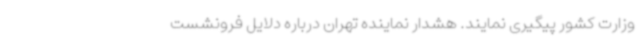
وزارت کشور پیگیری نمایند. هشدار نماینده تهران درباره دلایل فرونشست